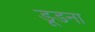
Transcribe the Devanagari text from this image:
डूडना